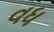
વધ